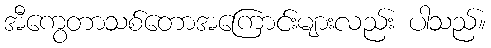
အီကွေတာသစ်တောအကြောင်းများလည်း ပါသည်။